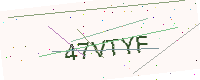
Text: 47VTYF